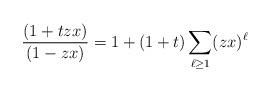
LaTeX: \begin{align*}\frac{(1+tzx)}{(1-zx)} = 1 + (1+t)\sum_{\ell \geq 1} (zx)^\ell\end{align*}